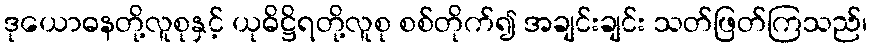
ဒုယောဓနတို့လူစုနှင့် ယုဓိဋ္ဌိရတို့လူစု စစ်တိုက်၍ အချင်းချင်း သတ်ဖြတ်ကြသည်၊